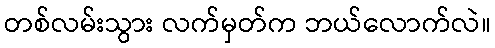
တစ်လမ်းသွား လက်မှတ်က ဘယ်လောက်လဲ။